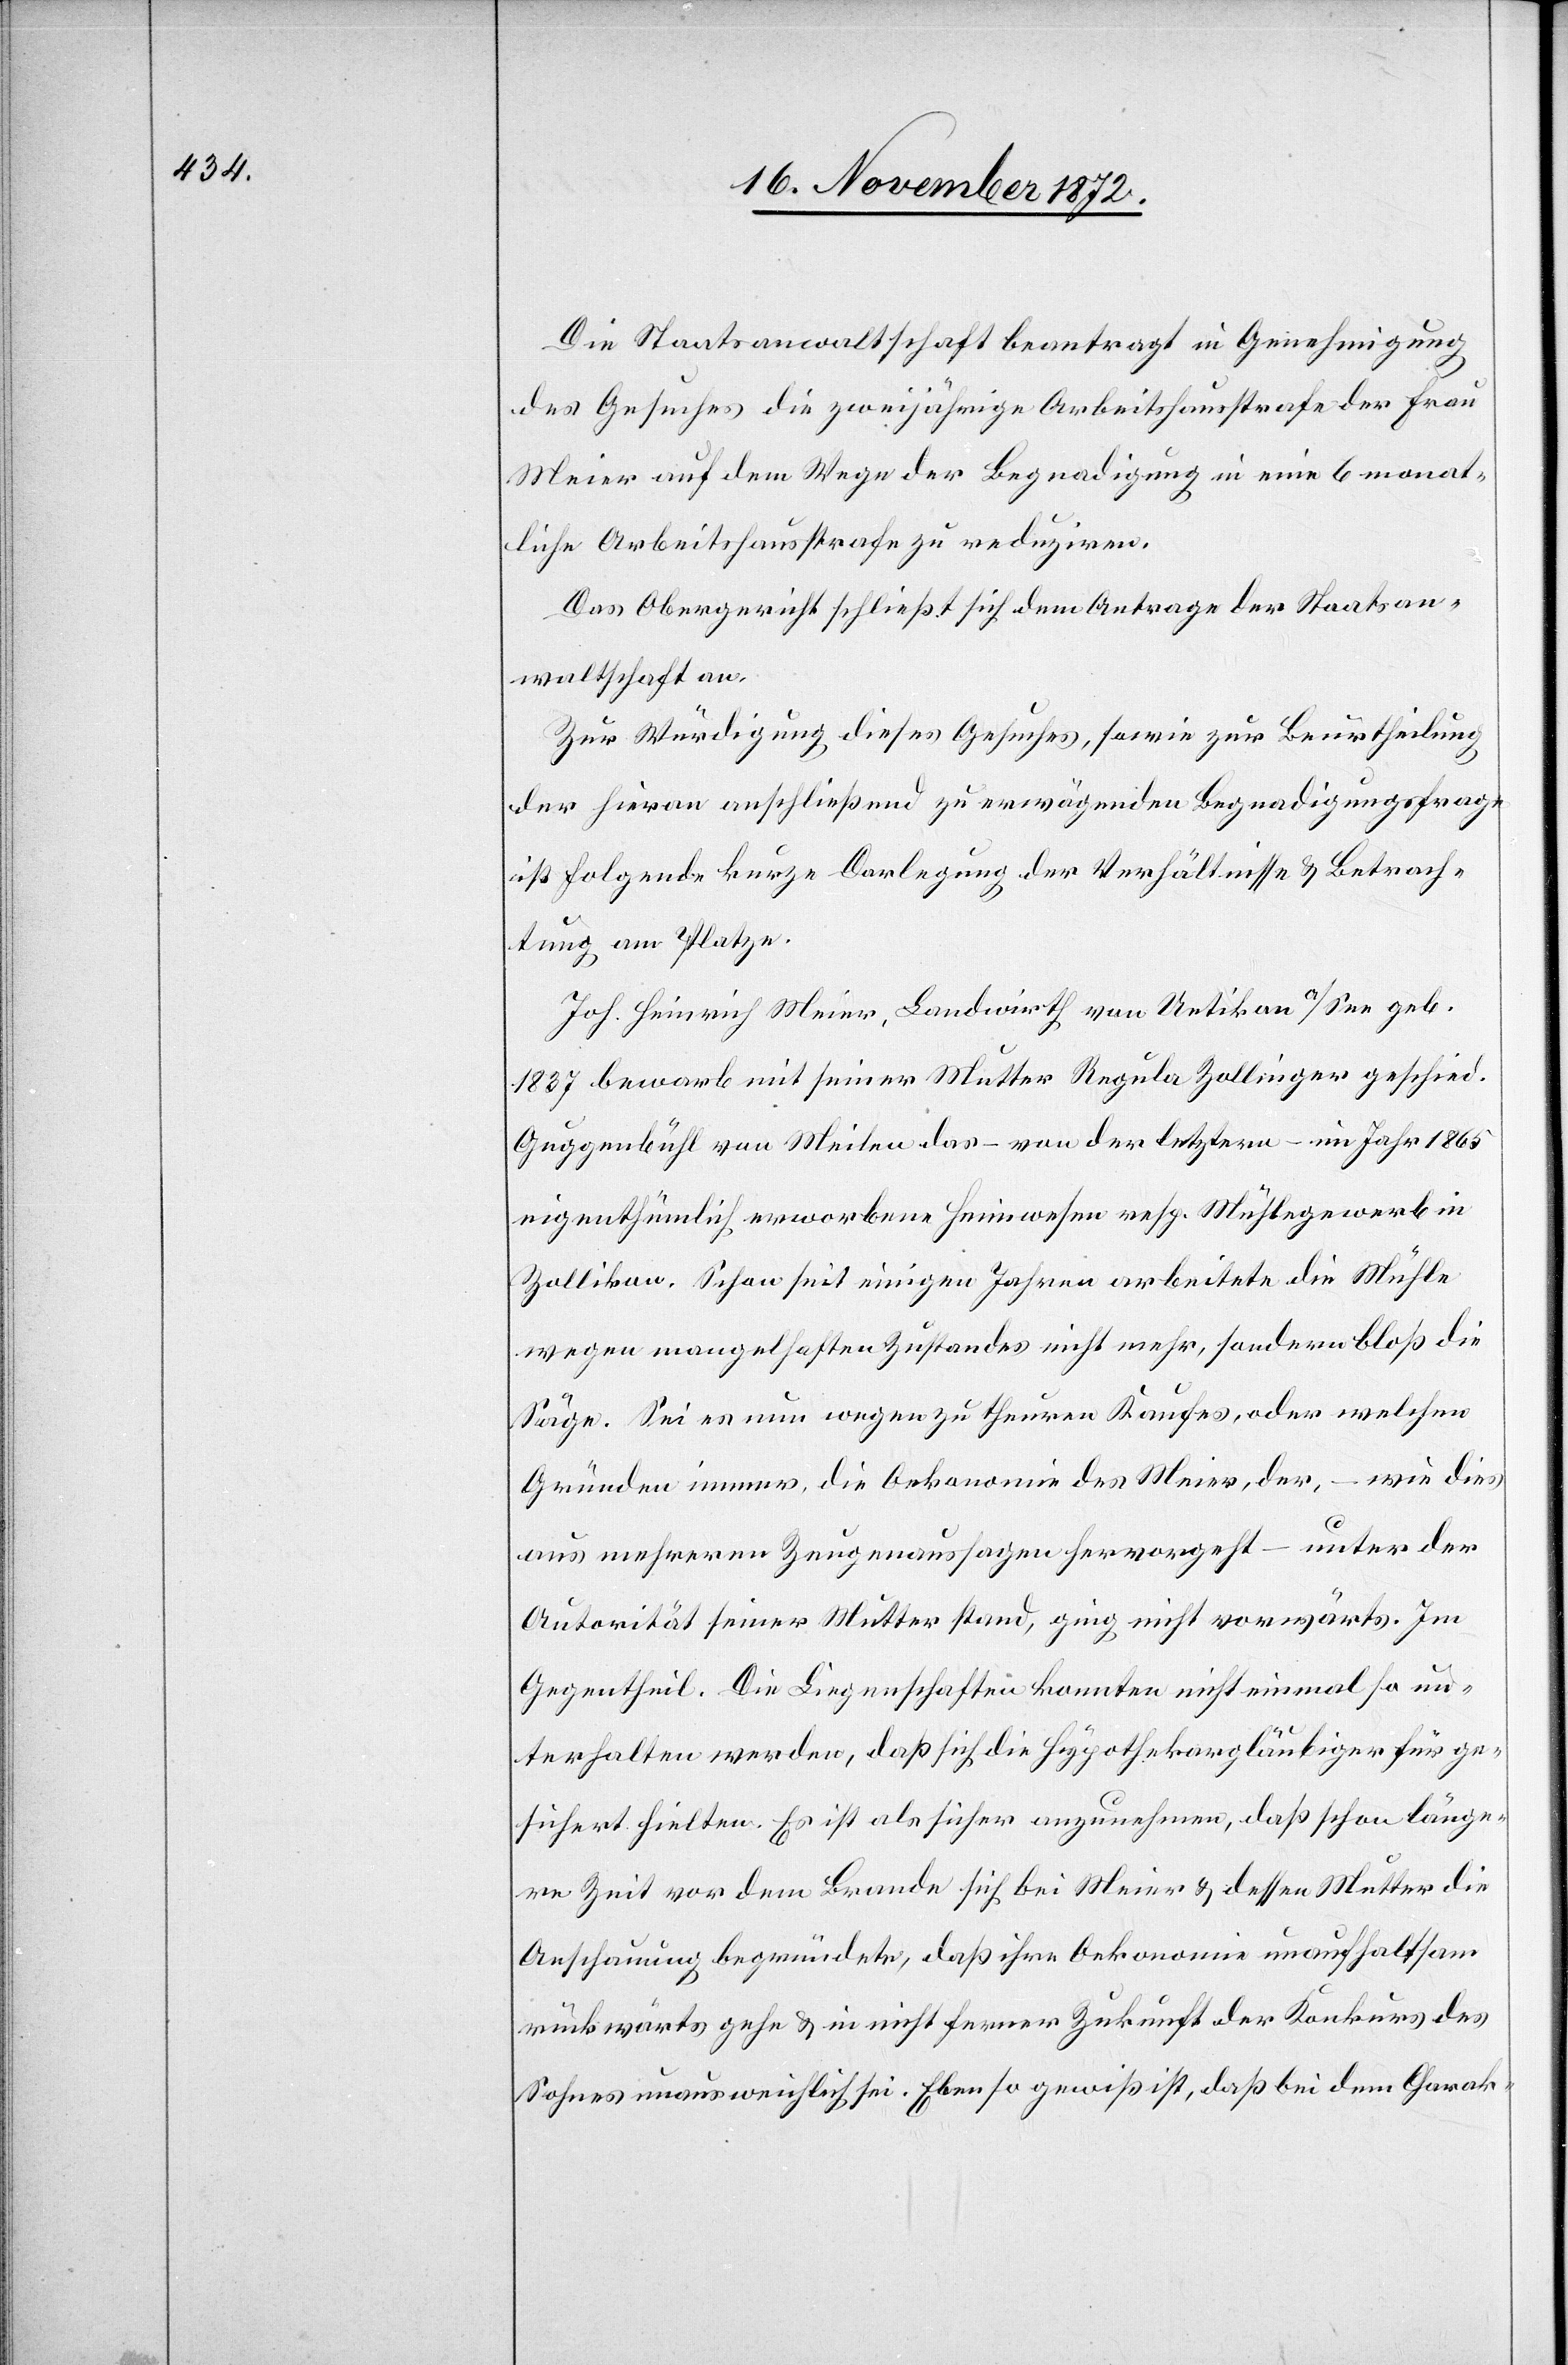
Die Staatsanwaltschaft beantragt in Genehmigung
des Gesuches die zweijährige Arbeitshausstrafe der Frau
Meier auf dem Wege der Begnadigung in eine 6 monat¬
liche Arbeitshausstrafe zu reduziren.
Das Obergericht schließt sich dem Antrage der Staatsan¬
waltschaft an.
Zur Würdigung dieses Gesuches, sowie zur Beurtheilung
der hieran anschließend zu erwägenden Begnadigungsfrage
ist folgende kurze Darlegung der Verhältnisse u. Betrach¬
tung am Platze.
Joh. Heinrich Meier, Landwirth von Uetikon a/See geb.
1837 bewarb mit seiner Mutter Regula Zollinger geschied.
Guggenbühl von Meilen das – von der letztern – im Jahr 1865
eigenthümlich erworbene Heimwesen resp. Mühlegewerb in
Zollikon. Schon seit einigen Jahren arbeitete die Mühle
wegen mangelhaften Zustandes nicht mehr, sondern bloß die
Säge. Sei es nun wegen zu theuren Kaufes, oder welchen
Gründen immer, die Oekonomie des Meier, der, – wie dies
aus mehreren Zeugenaussagen hervorgeht – unter der
Autorität seiner Mutter stand, ging nicht vorwärts. Im
Gegentheil. Die Liegenschaften konnten nicht einmal so un¬
terhalten werden, daß sich die Hypothekargläubiger für ge¬
sichert hielten. Es ist als sicher anzunehmen, daß schon länge¬
re Zeit vor dem Brande sich bei Meier u. dessen Mutter die
Anschauung begründete, daß ihre Oekonomie unaufhaltsam
rückwärts gehe u. in nicht ferner Zukunft der Konkurs des
Sohnes unausweichlich sei. Ebenso gewiß ist, daß bei dem Charak-